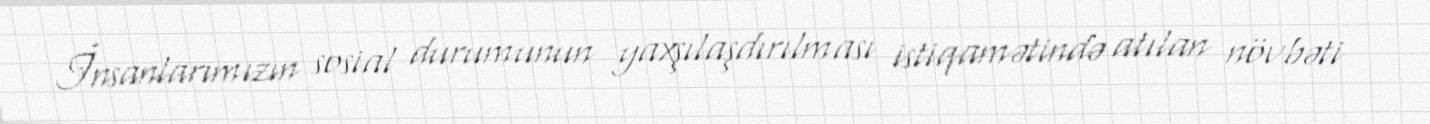
İnsanlarımızın sosial durumunun yaxşılaşdırılması istiqamətində atılan növbəti